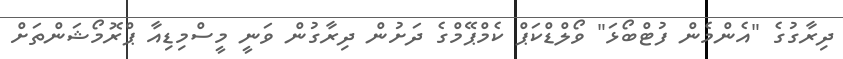
ދިރާގުގެ "އެންމެން ފުޓްބޯޅަ" ވޯލްޑްކަޕް ކެމްޕޭމްގެ ދަށުން ދިރާގުން ވަނީ މީސްމިޑިއާ ޕްރޮމޯޝަންތަށް